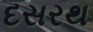
દસરથ